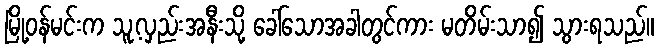
မြို့ဝန်မင်းက သူ့လှည်းအနီးသို့ ခေါ်သောအခါတွင်ကား မတိမ်းသာ၍ သွားရသည်။